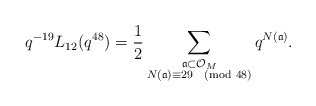
\begin{align*} q^{-19} L_{12}(q^{48}) = \frac{1}{2} \sum_{\substack{\frak{a} \subset \mathcal{O}_{M} \\ N(\frak{a}) \equiv 29 \pmod{48}}} q^{N(\frak{a})}.\end{align*}